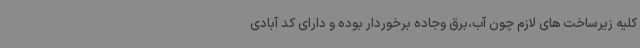
کلیه زیرساخت های لازم چون آب،برق وجاده برخوردار بوده و دارای کد آبادی